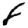
Digit: 8